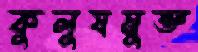
কুলুষমুক্ত